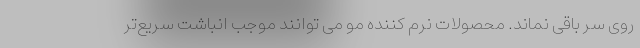
روی سر باقی نماند. محصولات نرم کننده مو می توانند موجب انباشت سریع‌تر